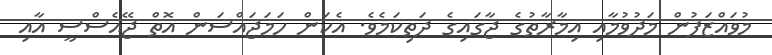
މުވައްޒަފުން މަދުވުމާއި އިމާރާތުގެ ޖާގައިގެ ދަތިކަމެވެ. އެކަން ހަމަޖައްސަން އޮތް ޖޭއެސްސީ އާއި